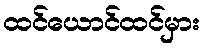
ထင်ယောင်ထင်မှား